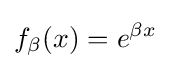
f_{\beta }(x)=e^{\beta x}